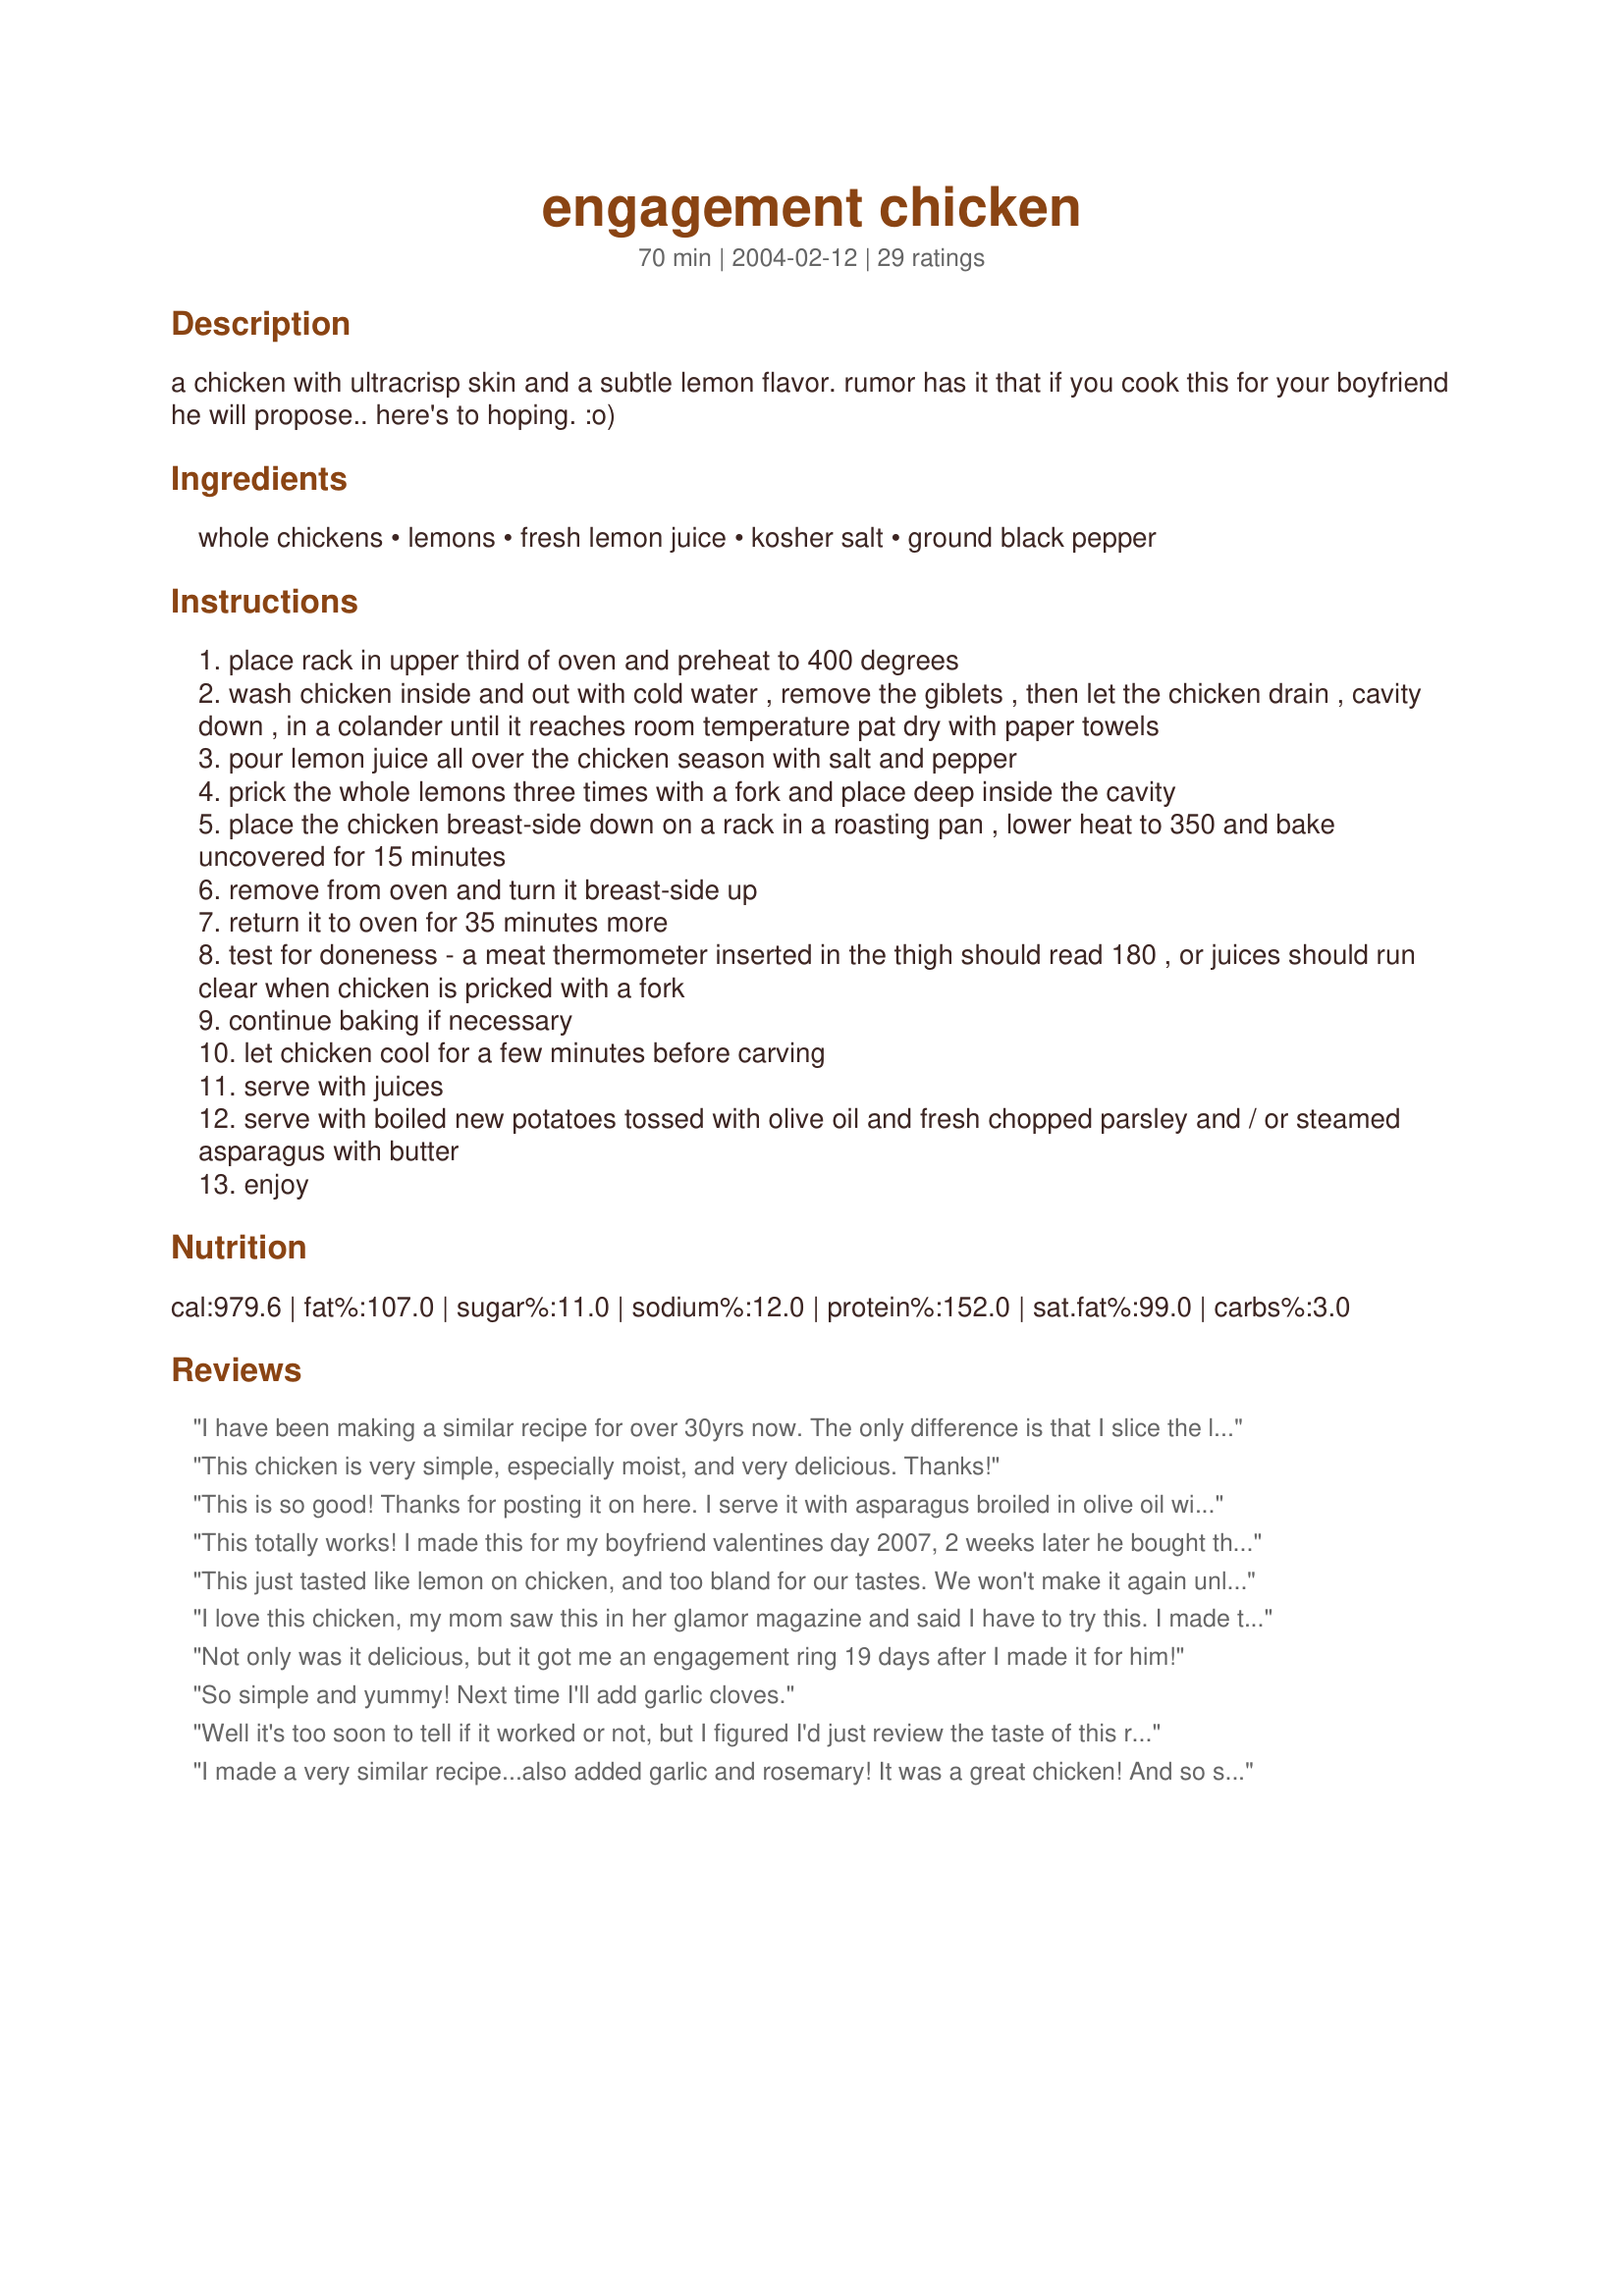
engagement chicken
Preparation time: 70 minutes

a chicken with ultracrisp skin and a subtle lemon flavor. rumor has it that if you cook this for your boyfriend he will propose.. here's to hoping. :o)

Ingredients:
whole chickens, lemons, fresh lemon juice, kosher salt, ground black pepper

Steps:
place rack in upper third of oven and preheat to 400 degrees
wash chicken inside and out with cold water , remove the giblets , then let the chicken drain , cavity down , in a colander until it reaches room temperature pat dry with paper towels
pour lemon juice all over the chicken season with salt and pepper
prick the whole lemons three times with a fork and place deep inside the cavity
place the chicken breast-side down on a rack in a roasting pan , lower heat to 350 and bake uncovered for 15 minutes
remove from oven and turn it breast-side up
return it to oven for 35 minutes more
test for doneness - a meat thermometer inserted in the thigh should read 180 , or juices should run clear when chicken is pricked with a fork
continue baking if necessary
let chicken cool for a few minutes before carving
serve with juices
serve with boiled new potatoes tossed with olive oil and fresh chopped parsley and / or steamed asparagus with butter
enjoy

Reviews:
I have been making a similar recipe for over 30yrs now. The only difference is that I slice the lemons nearly through and add garlic cloves, peeled and also sliced nearly through, inside the chicken cavity with the lemons, salt and pepper. We love the lemon-garlic flavor, so I add 10 to 12 cloves and it's WONDERFUL!!!! I also roast breast down so that the juices gather in the breast and the meat is extremely flavorful and tender. Maybe this will flavor it up a bit for Tony :)
This chicken is very simple, especially moist, and very delicious. Thanks!
This is so good! Thanks for posting it on here. I serve it with asparagus broiled in olive oil with salt and pepper (my husband's fav). And to the skeptics- YES it works. I made it for my husband when we were dating. One month later....
This totally works! I made this for my boyfriend valentines day 2007, 2 weeks later he bought the ring and asked me to marry him March 16th:) I don't know what it is about the recipe but it worked for me!! He was raving about it the next day at work and his coworkers kept saying you better marry that girl . . . I didn't tell him until months later what the recipe was actually called. But we're getting married in a few weeks and he still talks about that recipe and how good it was!! Good luck girls!!
This just tasted like lemon on chicken, and too bland for our tastes. We won't make it again unless we add some thyme, rosemary or Italian seasoning to the skin of the chicken. I wish I could give you more stars but unfortunately we didn't care for it very much. Tony
I love this chicken, my mom saw this in her glamor magazine and said I have to try this. I made this on my 6 year anniversary on May 16th for my boyfriend and then not even a month later on June 13th he took me to Michigan where the is from and we went up to Mackinac City. He took me to the top of the Old Mackinac Point Lighthouse and proposed there. I was so surprised! I called my mom and told her the great news and she said I guess the chicken does work!
Not only was it delicious, but it got me an engagement ring 19 days after I made it for him!
So simple and yummy! Next time I'll add garlic cloves.
Well it's too soon to tell if it worked or not, but I figured I'd just review the taste of this recipe for now! I thought the chicken turned out very moist. Although my chicken took more than an additional hour to cook after turning it over, so you may want to give yourself a little extra time. I was a little disappointed with the flavor though, I couldn't really taste the lemon at all. Maybe basting it with lemon juice throughout the cooking process would have helped. Anyway, it was a good recipe and with some minor adjustments it could be great. Considering this was the first whole chicken I've ever cooked it turned out pretty good!
I made a very similar recipe...also added garlic and rosemary! It was a great chicken! And so simple! I sliced the lemon in half before putting it in the cavity!

Seems like it was so time consuming...and skilled!
I posted this recipe,too, with high hopes. (Sorry for the duplicate posting!) Maybe it's my oven. Maybe it's my carving. Maybe it's just me, but I NEVER have much luck with a whole chicken. The skin didn't crisp, and it had a nice lemon flavor, but it was just okay. Try it yourself; maybe you'll have better luck.
simple recipe - jamie oliver did simular,,, have loved it every since
This chicken was good, but I'm not very good at craving a whole chicken, so there wasn't very much meat that came from this recipe. I loved the crisp skin though, very yummy. Thanks for posting :)
This chicken recipe came out great, it's perfect!! Thanks for the tip on softening the lemons. Believe it or not my boyfriend proposed to me!!!!!!! The weekend after i made this chicken. Simple and Delicious!!!! Thanks Ashbabe!
It was very good But I would like just a little more kick
No ring ever came from this, but it's really yummy chicken!
I told myself I wouldn't rate this recipe until I got engaged...and now I finally am engaged!! It did take me 2-3 times making a modified version of this dish before he proposed though :P Overall, this is a very nice base recipe. On its own, I think it would be too bland/simple for my tastes. To perk it up, I added some garlic cloves and sprigs of rosemary to the cavity of the bird, and sliced almost all the way through the lemons. I also made small slits in the skin under the breast/thigh meat and rubbed a mixture of lemon zest/butter/garlic slivers/rosemary under the skin for more flavor. I also rubbed zest over the outside of the hen along with the salt and pepper. Instead of using a whole chicken, I used a Cornish Game Hen to split between the two of us, and covered the dish with foil during the first half of cooking to keep it from drying out too much.
This is one of the Best chicken Recipes I have ever made, it turned out absolutely Perfect, crispy skin, nice lemon flavor. I served it with steamed asparagus and herb roasted potatoes.
 Thank you Ashbabe for a Really special recipe.. This has already become a favorite in my home. If I could I would have given you
**********10 stars!
Classic simple recipe, thank you!
Looks yummy. Thought I&#039;d mention... I have given up on trying to use lemon squeezers. I find that if I cut the lemons in half and just mash up the flesh with your thumbs, you get all the juice in a lot less time. You do have to figure how to strain the pulp and seeds out, if you want to get rid of them, but I don&#039;t mind the pulp and I just pick out the seeds.
There is a radio station in Massachusetts who has been talking about this recipe and how and why it is called "The Engagement Chicken" for YEARS and actually has it posted on their website as well. I made it, haven't gotten the ring yet, but it sure did make an impression on him that he stated Sunday Dinners would be great with this chicken.
Its a good and easy recipe , but just dont add alot of water or vegys on the pan
I made 2 of these at once. That is a lot of lemon juice to squeeze! It was easy to do, but I personally thought the flavor was a little *too* subtle. Very moist for chicken that hasn't been brined, so good to make in a pinch. I think I will try other recipes next time, though. I threw out one of the whole lemons, but then realized I could probably still use the juice in cooked recipes, so I saved the rest.
This chicken came out beautifully. I followed the recommendations that Sephardi Kitchen said to use - minus the garlic. &lt;br/&gt;&lt;br/&gt;Very, very tasty.
Our chicken came out very moist and with a nice crisp skin, but I didn't really feel there was much of a lemon flavour to ours. Maybe next time I would try putting a bit of butter mixed with lemon zest under the skin to see how that works, in addition to the juice and lemons inside. I was also confused by the temperatures. The recipe says to preheat the oven to 400 F but then to lower the heat, so do you bring it back up to 400 F after the initial 15 minutes? We served with a broccoli and mushroom dish, recipe #65861.
I used to be afraid of cooking whole birds, but really, it's easy and this is one of the easiest. The skin is crisp, if you are into the skin, but the meat itself is also tender and juicy. A keeper for sure!
This recipe is delicious!! It was a total hit with my family, I have made this twice so far and each time it has come out with a savory lemon flavor, the chicken is extremely moist and flavorful and with a VERY CRISP SKIN - PERFECT!! I wouldnt change a thing. Thanks so much Ashbabe you have definately given us a new favorite chicken recipe.
In my version I thinly slice a lemon and place the slices between the skin and breast. It gives it a better lemon taste.
It was very disappointing. Too bland. My version is more lemony. I made it exactly as the recipe is written. I
should have put it on my convection grill for more flavor, maybe? Husband didn't like it, either.
